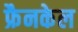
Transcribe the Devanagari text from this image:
फ्रैनकेल